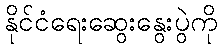
နိုင်ငံရေးဆွေးနွေးပွဲကို